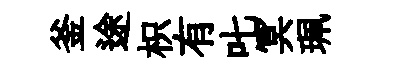
釜途枳有叱冥珮